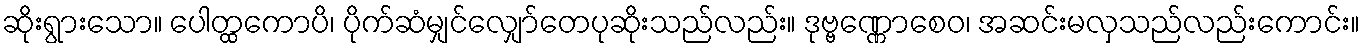
ဆိုးရွားသော။ ပေါတ္ထကောပိ၊ ပိုက်ဆံမျှင်လျှော်တေပုဆိုးသည်လည်း။ ဒုဗ္ဗဏ္ဏောစေဝ၊ အဆင်းမလှသည်လည်းကောင်း။